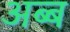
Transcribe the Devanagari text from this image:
अब्ब